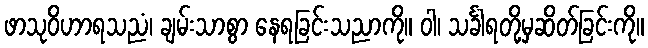
ဖာသုဝိဟာရသညံ၊ ချမ်းသာစွာ နေရခြင်းသညာကို။ ဝါ၊ သင်္ခါရတို့မှဆိတ်ခြင်းကို။